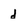
Character: d